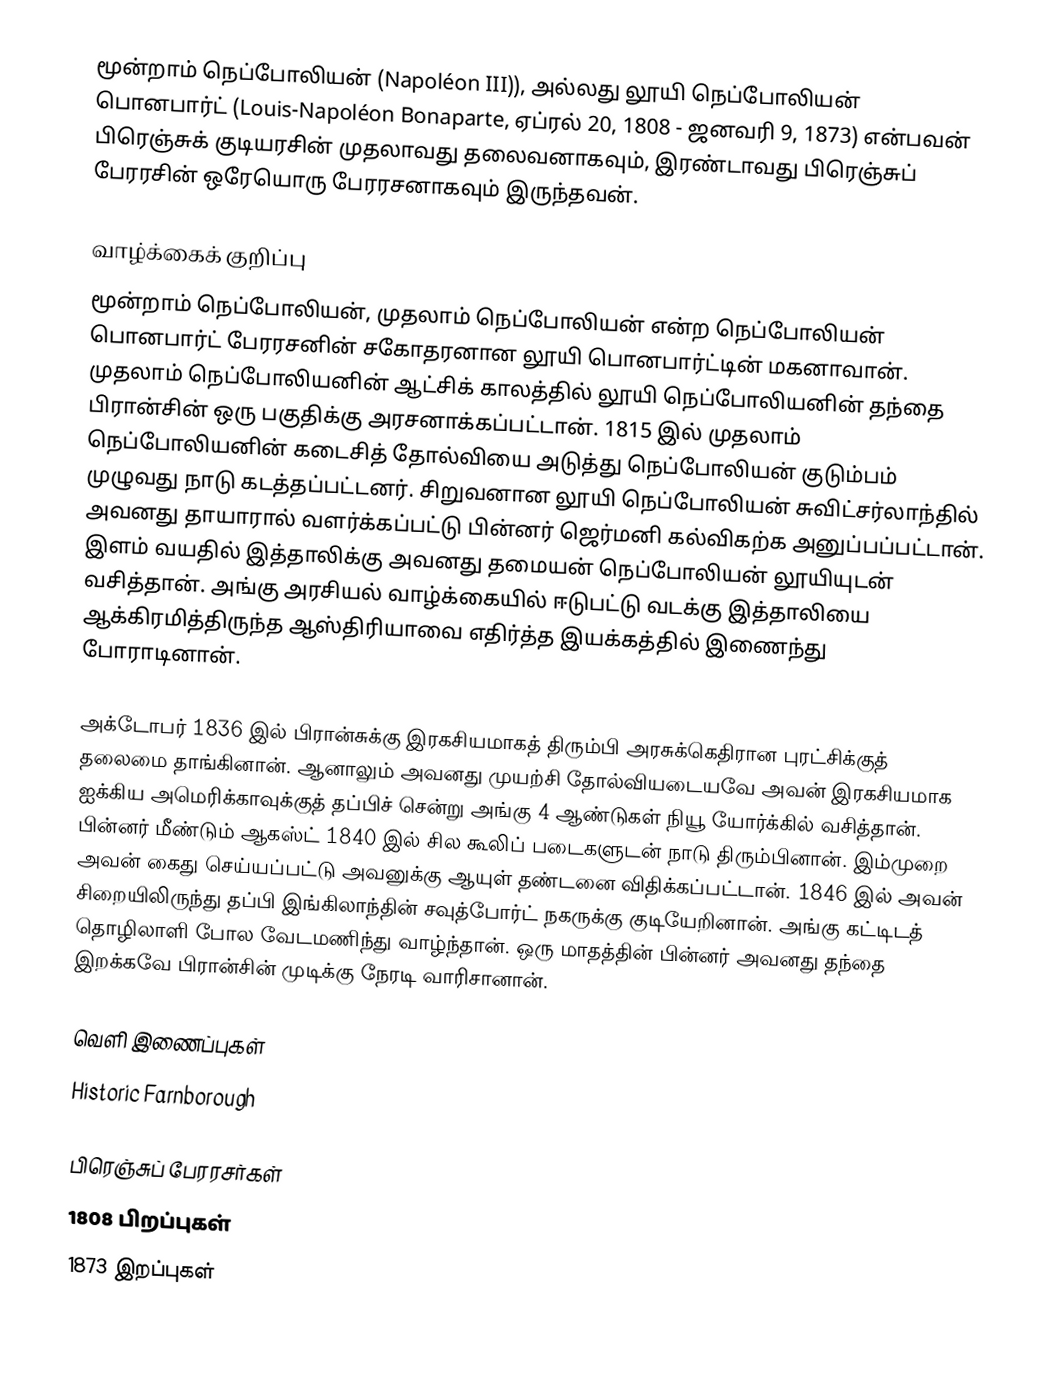
மூன்றாம் நெப்போலியன் (Napoléon III)), அல்லது லூயி நெப்போலியன் பொனபார்ட் (Louis-Napoléon Bonaparte, ஏப்ரல் 20, 1808 - ஜனவரி 9, 1873) என்பவன் பிரெஞ்சுக் குடியரசின் முதலாவது தலைவனாகவும், இரண்டாவது பிரெஞ்சுப் பேரரசின் ஒரேயொரு பேரரசனாகவும் இருந்தவன்.

வாழ்க்கைக் குறிப்பு
மூன்றாம் நெப்போலியன், முதலாம் நெப்போலியன் என்ற நெப்போலியன் பொனபார்ட் பேரரசனின் சகோதரனான லூயி பொனபார்ட்டின் மகனாவான். முதலாம் நெப்போலியனின் ஆட்சிக் காலத்தில் லூயி நெப்போலியனின் தந்தை பிரான்சின் ஒரு பகுதிக்கு அரசனாக்கப்பட்டான். 1815 இல் முதலாம் நெப்போலியனின் கடைசித் தோல்வியை அடுத்து நெப்போலியன் குடும்பம் முழுவது நாடு கடத்தப்பட்டனர். சிறுவனான லூயி நெப்போலியன் சுவிட்சர்லாந்தில் அவனது தாயாரால் வளர்க்கப்பட்டு பின்னர் ஜெர்மனி கல்விகற்க அனுப்பப்பட்டான். இளம் வயதில் இத்தாலிக்கு அவனது தமையன் நெப்போலியன் லூயியுடன் வசித்தான். அங்கு அரசியல் வாழ்க்கையில் ஈடுபட்டு வடக்கு இத்தாலியை ஆக்கிரமித்திருந்த ஆஸ்திரியாவை எதிர்த்த இயக்கத்தில் இணைந்து போராடினான்.

அக்டோபர் 1836 இல் பிரான்சுக்கு இரகசியமாகத் திரும்பி அரசுக்கெதிரான புரட்சிக்குத் தலைமை தாங்கினான். ஆனாலும் அவனது முயற்சி தோல்வியடையவே அவன் இரகசியமாக ஐக்கிய அமெரிக்காவுக்குத் தப்பிச் சென்று அங்கு 4 ஆண்டுகள் நியூ யோர்க்கில் வசித்தான். பின்னர் மீண்டும் ஆகஸ்ட் 1840 இல் சில கூலிப் படைகளுடன் நாடு திரும்பினான். இம்முறை அவன் கைது செய்யப்பட்டு அவனுக்கு ஆயுள் தண்டனை விதிக்கப்பட்டான். 1846 இல் அவன் சிறையிலிருந்து தப்பி இங்கிலாந்தின் சவுத்போர்ட் நகருக்கு குடியேறினான். அங்கு கட்டிடத் தொழிலாளி போல வேடமணிந்து வாழ்ந்தான். ஒரு மாதத்தின் பின்னர் அவனது தந்தை இறக்கவே பிரான்சின் முடிக்கு நேரடி வாரிசானான்.

வெளி இணைப்புகள்
 Historic Farnborough

பிரெஞ்சுப் பேரரசர்கள்
1808 பிறப்புகள்
1873 இறப்புகள்